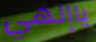
ياإلهي